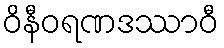
ဝိနီဝရဏဒဿာဝီ